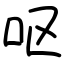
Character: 呕